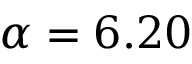
\alpha = 6 . 2 0